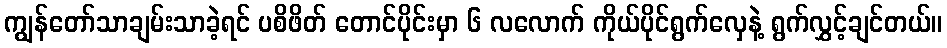
ကျွန်တော်သာချမ်းသာခဲ့ရင် ပစိဖိတ် တောင်ပိုင်းမှာ ၆ လလောက် ကိုယ်ပိုင်ရွက်လှေနဲ့ ရွက်လွှင့်ချင်တယ်။